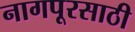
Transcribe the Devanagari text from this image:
नागपूरसाठी